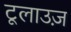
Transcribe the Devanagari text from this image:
टूलाउज़